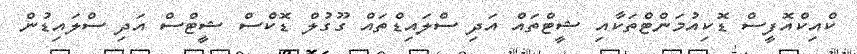
ކްއިކްއޮފީސް ޑޮކިއުމަންޓްތަކާއި ޝީޓްތައް އަދި ސްލައިޑްތައް ގޫގުލް ޑޮކްސް ޝީޓްސް އަދި ސްލައިޑުން